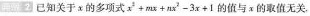
& 2 已知关于x的多项式$$x ^ { 2 } + m x + n x ^ { 2 } - 3 x + 1$$的值与x的取值无关.